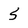
Character: 5